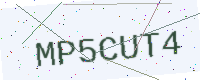
Text: MP5CUT4